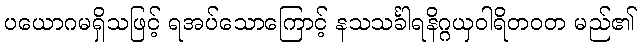
ပယောဂမရှိသဖြင့် ရအပ်သောကြောင့် နသသင်္ခါရနိဂ္ဂယှဝါရိတဝတ မည်၏